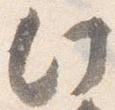
此